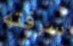
سرقته